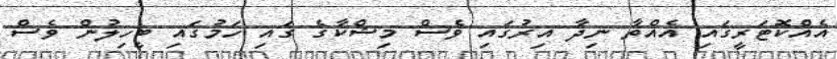
އެއްކޮޓަރީގައި އެއްތާ ނިދާ އިރުގައި ވެސް މިޝްކާގެ ގައި ހަމުގައި ބީހިލުން ވެސް